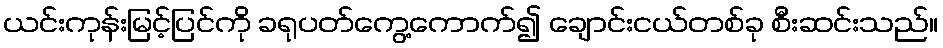
ယင်းကုန်းမြင့်ပြင်ကို ခရုပတ်ကွေ့ကောက်၍ ချောင်းငယ်တစ်ခု စီးဆင်းသည်။